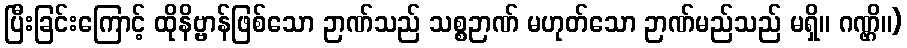
ပြီးခြင်းကြောင့် ထိုနိဗ္ဗာန်ဖြစ်သော ဉာဏ်သည် သစ္စဉာဏ် မဟုတ်သော ဉာဏ်မည်သည် မရှိ။ ဂဏ္ဌိ။)